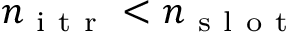
n _ { \mathrm { ~ i ~ t ~ r ~ } } < n _ { \mathrm { ~ s ~ l ~ o ~ t ~ } }